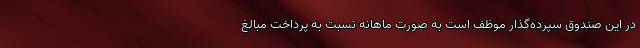
در این صندوق سپرده‌گذار موظف است به صورت ماهانه نسبت به پرداخت مبالغ